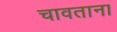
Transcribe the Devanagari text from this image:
चावताना